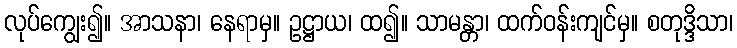
လုပ်ကျွေး၍။ အာသနာ၊ နေရာမှ။ ဥဋ္ဌာယ၊ ထ၍။ သာမန္တာ၊ ထက်ဝန်းကျင်မှ။ စတုဒ္ဒိသာ၊